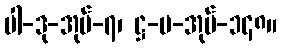
ပါ-ဒု-အုပ်-၇၊ ဋ္ဌ-မ-အုပ်-၁၄၈။